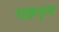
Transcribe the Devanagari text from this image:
चक्रनृत्य